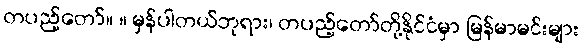
တပည့်တော်။ ။ မှန်ပါတယ်ဘုရား၊ တပည့်တော်တို့နိုင်ငံမှာ မြန်မာမင်းများ